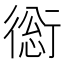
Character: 𧗺